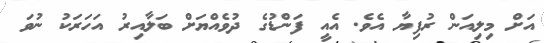
އަށް މިލިއަން ރުފިޔާ އެވެ. އެއީ ފަންޑުގެ ދުވެއްޔަށް ބަލާއިރު އަހަރަކު ނުވަ